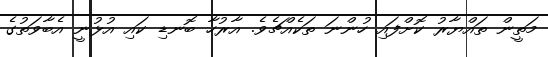
މަތީން ތައްޔާރު ކޮށްފައި ހުންނަ ތަކެއްޗެވެ. އާރުހާ ބޮނޑި ކައި އުޅުނީ އެބާވަތުގެ